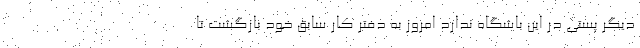
دیگر پستی در این باشگاه ندارد امروز به دفتر کار سابق خود بازگشت تا